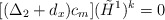
\begin{align*}[(\Delta_2 + d_x) c_m] ({\tilde H}^1)^k = 0\end{align*}